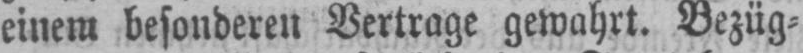
einem besonderen Vertrage gewahrt. Bezüg⸗